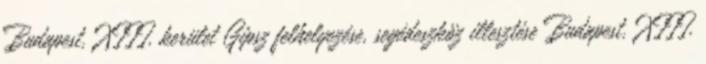
Budapest, XIII. kerület Gipsz felhelyezése, segédeszköz illesztése Budapest, XIII.